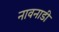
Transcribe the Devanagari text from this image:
नावनाडी